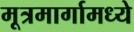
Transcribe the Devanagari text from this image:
मूत्रमार्गामध्ये